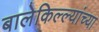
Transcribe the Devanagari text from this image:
बालेकिल्ल्यांच्या